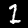
Label: 1